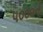
૫૦૦૦ની